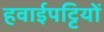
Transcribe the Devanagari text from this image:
हवाईपट्टियों